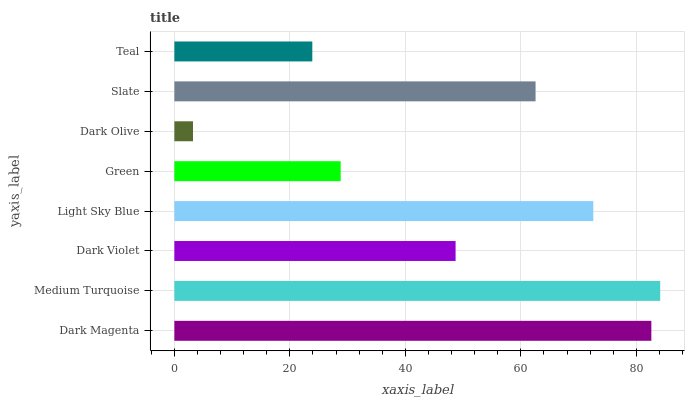
| yaxis_label | bars |
 | --- | --- |
 | Dark Magenta | 82.6 |
 | Medium Turquoise | 84.1 |
 | Dark Violet | 48.7 |
 | Light Sky Blue | 72.5 |
 | Green | 28.8 |
 | Dark Olive | 3.23 |
 | Slate | 62.5 |
 | Teal | 23.9 |